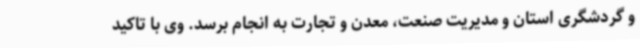
و گردشگری استان و مدیریت صنعت، معدن و تجارت به انجام برسد. وی با تاکید